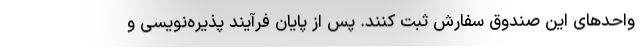
واحدهای این صندوق سفارش ثبت کنند. پس از پایان فرآیند پذیره‌نویسی و